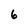
Character: 6